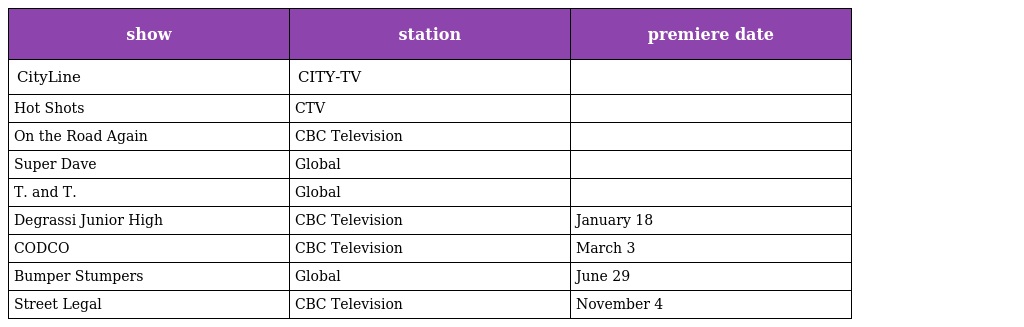
| show | station | premiere date |
 | --- | --- | --- |
 | CityLine | CITY-TV |  |
 | Hot Shots | CTV |  |
 | On the Road Again | CBC Television |  |
 | Super Dave | Global |  |
 | T. and T. | Global |  |
 | Degrassi Junior High | CBC Television | January 18 |
 | CODCO | CBC Television | March 3 |
 | Bumper Stumpers | Global | June 29 |
 | Street Legal | CBC Television | November 4 |